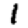
Digit: 1